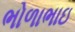
ભોળાભાઇ